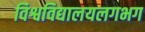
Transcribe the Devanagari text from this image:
विश्वविद्यालयलगभग